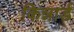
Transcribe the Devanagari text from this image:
किन्नार्ड